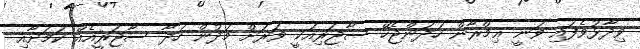
ވިދާޅުވެފައި ވަނީ ޢިމްރާން ހަދަންޖެހޭ ސާޖަރިއަކީ ވަރަށް މަދުން ހަދާ ސާޖަރީއެއް ކަމަށާއި